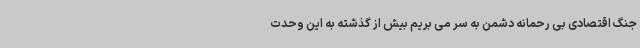
جنگ اقتصادی بی رحمانه دشمن به سر می بریم بیش از گذشته به این وحدت